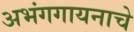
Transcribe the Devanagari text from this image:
अभंगगायनाचे